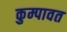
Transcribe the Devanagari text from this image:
कुम्पावत